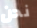
نحن